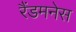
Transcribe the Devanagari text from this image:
रैंडमनेस